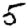
Digit: 5